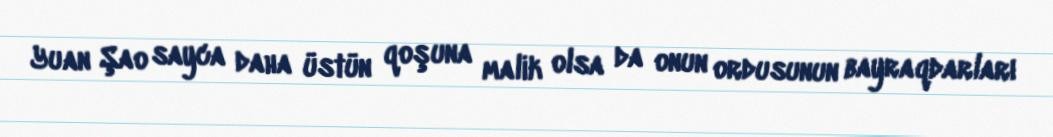
Yuan Şao sayca daha üstün qoşuna malik olsa da onun ordusunun bayraqdarları